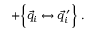
+ \biggl \{ \vec { q } _ { i } \leftrightarrow \vec { q } _ { i } ^ { \: \prime } \biggr \} \; .